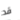
قد